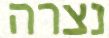
נצרה